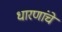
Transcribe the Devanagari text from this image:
धारणांचे